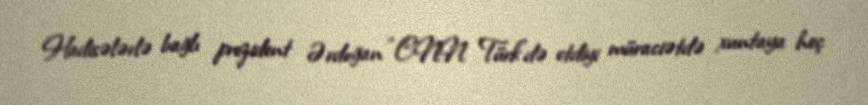
Hadisələrlə bağlı prezident Ərdoğan “CNN Türk”də etdiyi müraciətdə xuntaya heç